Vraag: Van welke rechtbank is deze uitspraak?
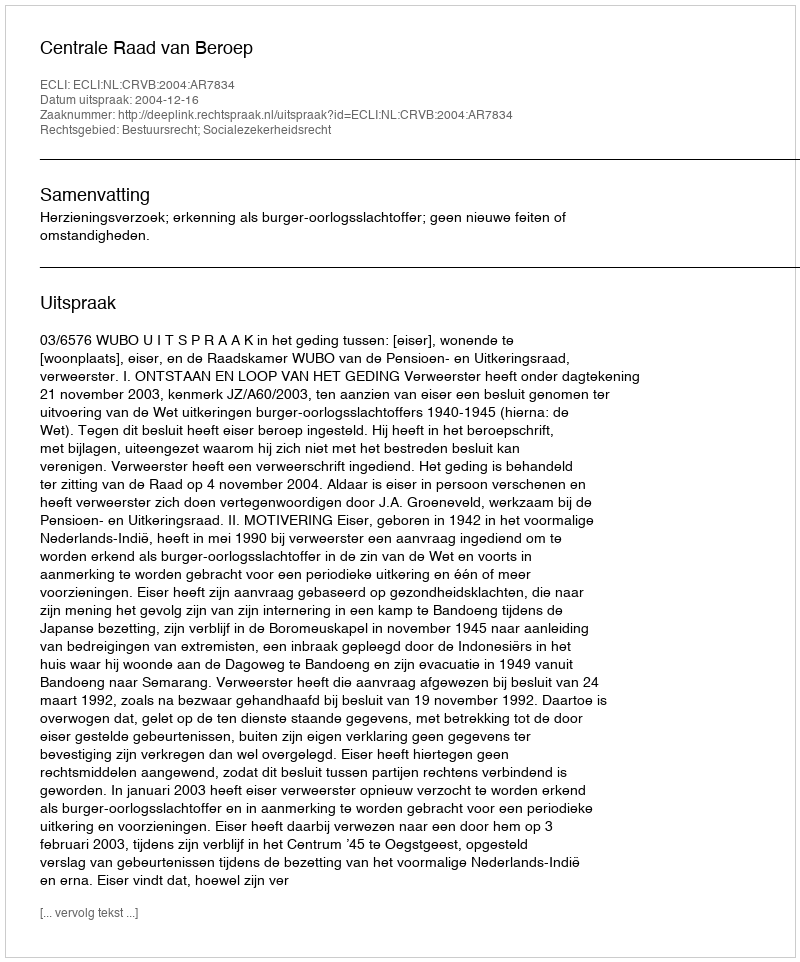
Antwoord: Centrale Raad van Beroep